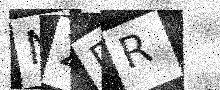
Text: N2DR